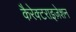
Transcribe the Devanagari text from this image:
कैरेक्टराइज़ेशन